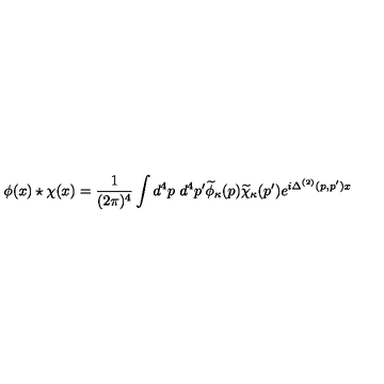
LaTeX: \phi ( x ) \star \chi ( x ) = { \frac { 1 } { ( 2 \pi ) ^ { 4 } } } \int d ^ { 4 } p \ d ^ { 4 } p ^ { \prime } \widetilde { \phi } _ { \kappa } ( p ) \widetilde { \chi } _ { \kappa } ( p ^ { \prime } ) e ^ { i \Delta ^ { ( 2 ) } ( p , p ^ { \prime } ) { x } }